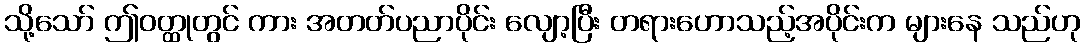
သို့သော် ဤဝတ္ထုတွင် ကား အတတ်ပညာပိုင်း လျော့ပြီး တရားဟောသည့်အပိုင်းက များနေ သည်ဟု